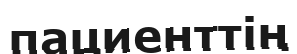
пациенттің